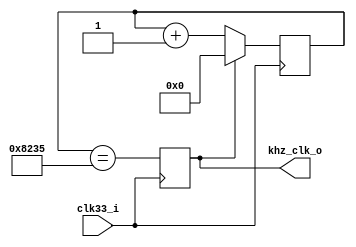
`timescale 1ns / 1ps
////////////////////////////////////////////////////////////////////////////////
// This file is a part of the Antarctic Impulsive Transient Antenna (ANITA)
// project, a collaborative scientific effort between multiple institutions. For
// more information, contact Peter Gorham (gorham@phys.hawaii.edu).
//
// All rights reserved.
//
// Author:
// Author:
////////////////////////////////////////////////////////////////////////////////
module SCALER_CLOCK_v2(
		input clk33_i,
		output khz_clk_o
    );

	localparam [15:0] MATCH = 33333;
	// Eff it.
	reg [15:0] counter = {16{1'b0}};
	reg khz_clk = 0;
	always @(posedge clk33_i) begin
		if (khz_clk) counter <= {16{1'b0}};
		else counter <= counter + 1;
		khz_clk <= (counter == MATCH);
	end
	
	assign khz_clk_o = khz_clk;
endmodule